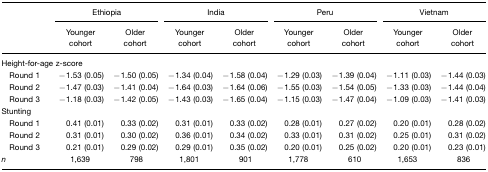
| <ROWSPAN=3>  | <COLSPAN=2> Ethiopia | <COLSPAN=2> India | <COLSPAN=2> Peru | <COLSPAN=2> Vietnam |
 | Younger cohort | Older cohort | Younger cohort | Older cohort | Younger cohort | Older cohort | Younger cohort | Older cohort |
 | --- | --- | --- | --- | --- | --- | --- | --- | --- |
 | <COLSPAN=9> Height-for-age z-score |
 | Round 1 | −1.53 (0.05) | −1.50 (0.05) | −1.34 (0.04) | −1.58 (0.04) | −1.29 (0.03) | −1.39 (0.04) | −1.11 (0.03) | −1.44 (0.03) |
 | Round 2 | −1.47 (0.03) | −1.41 (0.04) | −1.64 (0.03) | −1.64 (0.06) | −1.55 (0.03) | −1.54 (0.05) | −1.33 (0.03) | −1.44 (0.04) |
 | Round 3 | −1.18 (0.03) | −1.42 (0.05) | −1.43 (0.03) | −1.65 (0.04) | −1.15 (0.03) | −1.47 (0.04) | −1.09 (0.03) | −1.41 (0.03) |
 | <COLSPAN=9> Stunting |
 | Round 1 | 0.41 (0.01) | 0.33 (0.02) | 0.31 (0.01) | 0.33 (0.02) | 0.28 (0.01) | 0.27 (0.02) | 0.20 (0.01) | 0.28 (0.02) |
 | Round 2 | 0.31 (0.01) | 0.30 (0.02) | 0.36 (0.01) | 0.34 (0.02) | 0.33 (0.01) | 0.31 (0.02) | 0.25 (0.01) | 0.31 (0.02) |
 | Round 3 | 0.21 (0.01) | 0.29 (0.02) | 0.29 (0.01) | 0.35 (0.02) | 0.20 (0.01) | 0.25 (0.02) | 0.20 (0.01) | 0.23 (0.01) |
 | n | 1,639 | 798 | 1,801 | 901 | 1,778 | 610 | 1,653 | 836 |